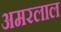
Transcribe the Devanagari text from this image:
अमरलाल